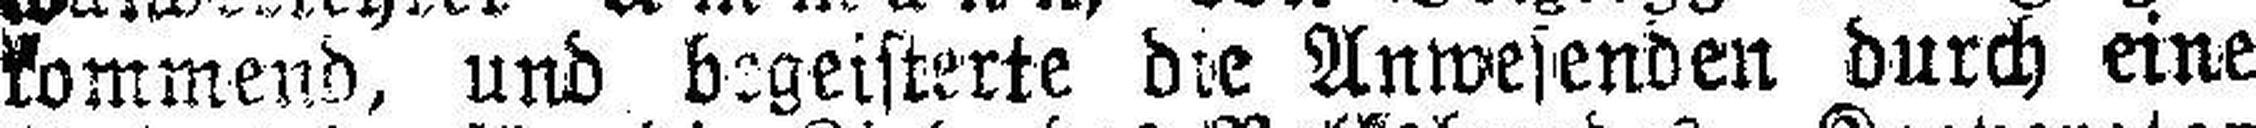
kommend, und begeisterte die Anwesenden durch eine